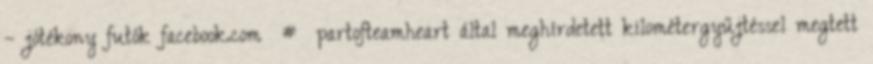
– jótékony futók facebook.com # partofteamheart által meghírdetett kilométergyűjtéssel megtett